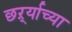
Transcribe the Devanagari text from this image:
छर्ऱ्याच्या